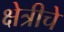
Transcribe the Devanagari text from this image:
क्षेत्रीचे